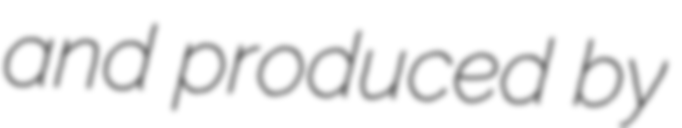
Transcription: and produced by